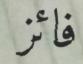
فائز